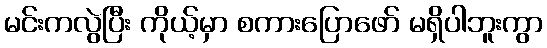
မင်းကလွဲပြီး ကိုယ့်မှာ စကားပြောဖော် မရှိပါဘူးကွာ